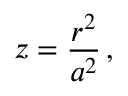
z = \frac { r ^ { 2 } } { a ^ { 2 } } \, ,